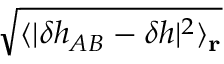
\sqrt { \langle | \delta h _ { A B } - \delta h | ^ { 2 } \rangle _ { \mathbf { r } } }